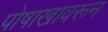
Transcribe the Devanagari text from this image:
पोषाखावरून